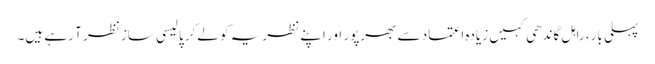
پہلی بار، راہل گاندھی کہیں زیادہ اعتماد سے بھرپور اور اپنے نظریہ کو لےکر پالیسی ساز نظر آ رہے ہیں۔